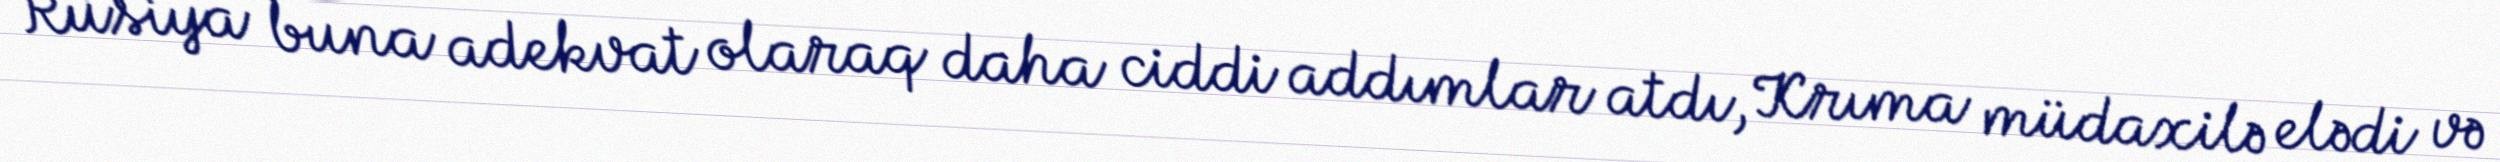
Rusiya buna adekvat olaraq daha ciddi addımlar atdı, Krıma müdaxilə elədi və